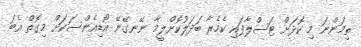
ތިމަންނަ މި ކޮޅަށް ޓަސްލާފައި ކެމެރާ ބަދަލުކޮށްލީމާ ނޭނގޭނޭ އޯޑިއެންސަކަށް މިގޮތް އެބަ